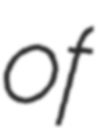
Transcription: of